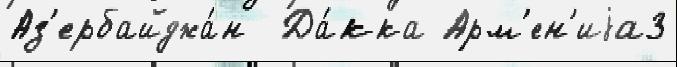
Аз'ербайджа́н  Да́кка Арм'ен'иjа3